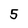
Character: 5